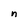
Character: n